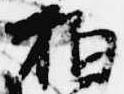
拍